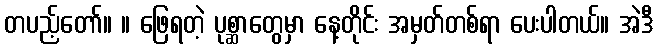
တပည့်တော်။ ။ ဖြေရတဲ့ ပုစ္ဆာတွေမှာ နေ့တိုင်း အမှတ်တစ်ရာ ပေးပါတယ်။ အဲဒီ